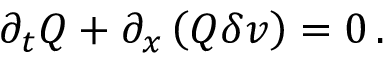
\partial _ { t } Q + \partial _ { x } \left( Q \delta v \right) = 0 \, .